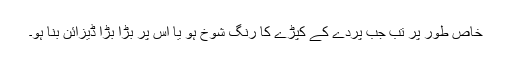
خاص طور پر تب جب پردے کے کپڑے کا رنگ شوخ ہو یا اس پر بڑا بڑا ڈیزائن بنا ہو۔